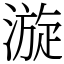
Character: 漩